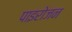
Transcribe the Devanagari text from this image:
पाइरोजन